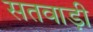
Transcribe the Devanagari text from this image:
सतवाड़ी